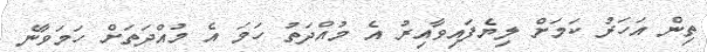
ތިން އަހަރު ކަމަށް ލިޔެފައިވާއިރު އެ މުއްދަތު ހަމަ އެ މުއްދަތަށް ހަމަވާނެ